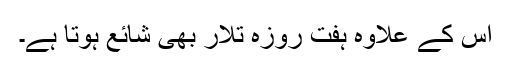
اس کے علاوہ ہفت روزہ تلار بھی شائع ہوتا ہے۔